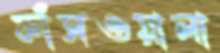
ফাঁসওয়ালা